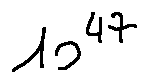
1 0 ^ { 4 7 }